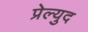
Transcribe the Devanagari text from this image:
प्रेल्युद